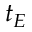
t _ { E }